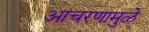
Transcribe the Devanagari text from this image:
आचरणामुळे